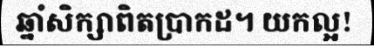
ឆ្នាំសិក្សាពិតប្រាកដ។ យកល្អ!